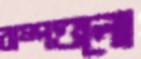
বাষ্পগুলো